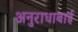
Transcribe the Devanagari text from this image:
अनुराधाबाई